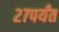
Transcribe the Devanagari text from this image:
२७पर्यंत